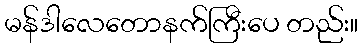
မန်ဒါလေတောနက်ကြီးပေ တည်း။